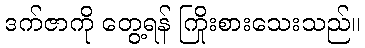
ဒက်ဇာကို တွေ့ရန် ကြိုးစားသေးသည်။